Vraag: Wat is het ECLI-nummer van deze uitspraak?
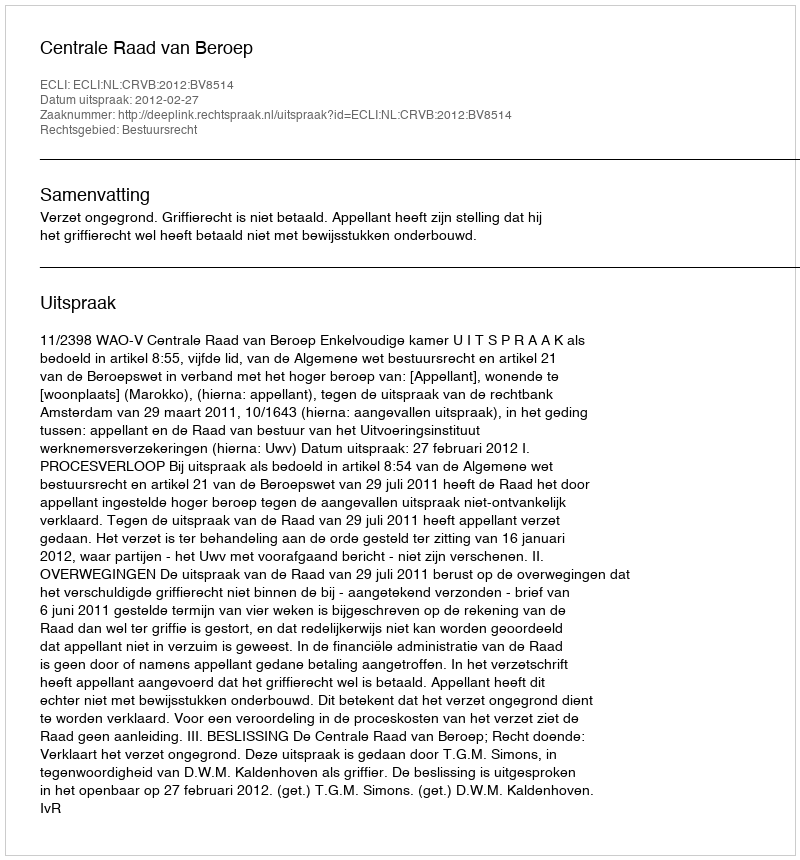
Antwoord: ECLI:NL:CRVB:2012:BV8514